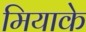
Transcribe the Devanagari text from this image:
मियाके